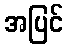
အပြင်